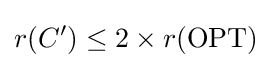
r(C')\leq 2\times r({\text{OPT}})